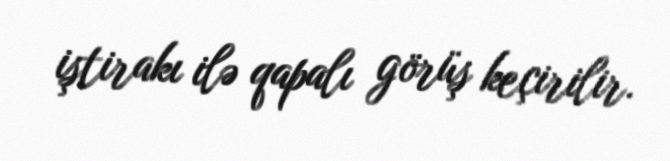
iştirakı ilə qapalı görüş keçirilir.